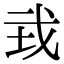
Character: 㦱